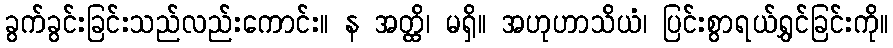
ခွက်ခွင်းခြင်းသည်လည်းကောင်း။ န အတ္ထိ၊ မရှိ။ အဟုဟာသိယံ၊ ပြင်းစွာရယ်ရွှင်ခြင်းကို။